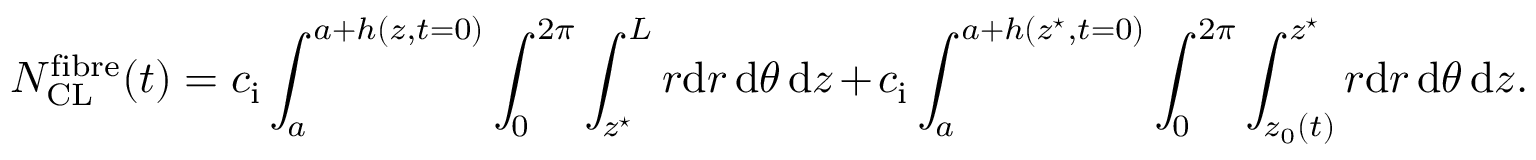
N _ { \mathrm { C L } } ^ { \mathrm { f i b r e } } ( t ) = c _ { \mathrm { i } } \int _ { a } ^ { a + h ( z , t = 0 ) } \int _ { 0 } ^ { 2 \pi } \int _ { z ^ { \star } } ^ { L } r \mathrm { d } r \, \mathrm { d } \theta \, \mathrm { d } z + c _ { \mathrm { i } } \int _ { a } ^ { a + h ( z ^ { \star } , t = 0 ) } \int _ { 0 } ^ { 2 \pi } \int _ { z _ { 0 } ( t ) } ^ { z ^ { \star } } r \mathrm { d } r \, \mathrm { d } \theta \, \mathrm { d } z .